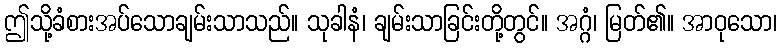
ဤသို့ခံစားအပ်သောချမ်းသာသည်။ သုခါနံ၊ ချမ်းသာခြင်းတို့တွင်။ အဂ္ဂံ၊ မြတ်၏။ အာဝုသော၊